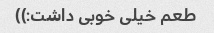
طعم خیلی خوبی داشت:))